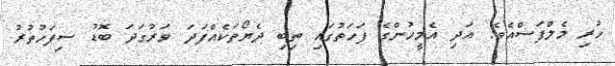
ހުރި މެލްފަސްއެވެ. އަދި އެމީހުންގެ ފަހަތުގައި ތިބި ދެޔޯތަކެއްފަދަ ވަރުގަދަ ބޮޑު ސިފަހުތުރު